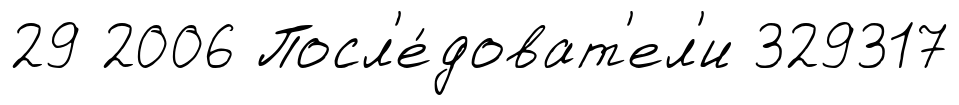
29 2006 Посл'е́доват'ел'и 329317